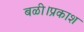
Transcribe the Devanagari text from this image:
बळी।प्रकाश